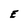
Character: E